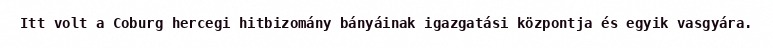
Itt volt a Coburg hercegi hitbizomány bányáinak igazgatási központja és egyik vasgyára.